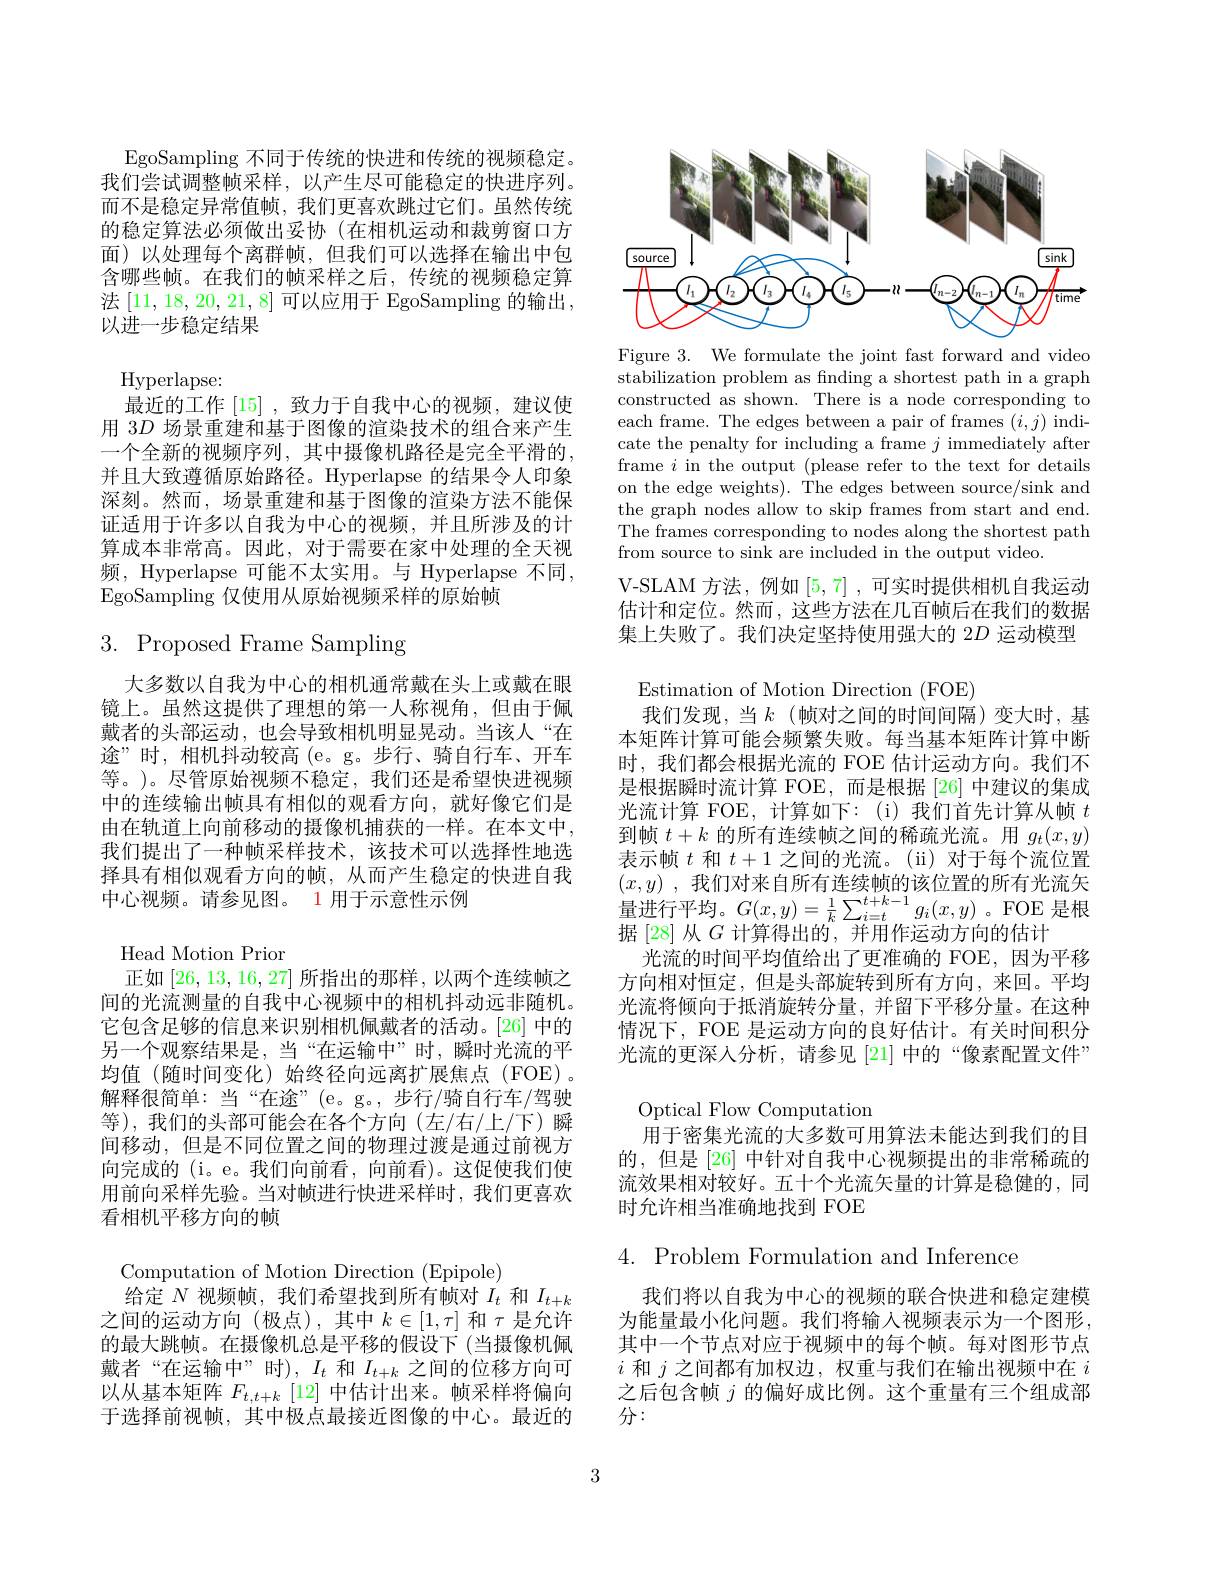
EgoSampling 不同于传统的快进和传统的视频稳定。我们尝试调整帧采样，以产生尽可能稳定的快进序列。而不是稳定异常值帧，我们更喜欢跳过它们。虽然传统的稳定算法必须做出妥协(在相机运动和裁剪窗口方面)以处理每个离群帧，但我们可以选择在输出中包含哪些帧。在我们的帧采样之后，传统的视频稳定算法[11,18,20,21,8]可以应用于 EgoSampling 的输出， 以进一步稳定结果

Hyperlapse:
最近的工作[15] ,致力于自我中心的视频，建议使用 3$D$场景重建和基于图像的渲染技术的组合来产生一个全新的视频序列，其中摄像机路径是完全平滑的， 并且大致遵循原始路径。Hyperlapse 的结果令人印象深刻。然而，场景重建和基于图像的渲染方法不能保证适用于许多以自我为中心的视频，并且所涉及的计算成本非常高。因此，对于需要在家中处理的全天视频，Hyperlapse 可能不太实用。与 Hyperlapse 不同， EgoSampling 仅使用从原始视频采样的原始帧

# 3. Proposed Frame Sampling

大多数以自我为中心的相机通常戴在头上或戴在眼镜上。虽然这提供了理想的第一人称视角，但由于佩戴者的头部运动，也会导致相机明显晃动。当该人“在途”时，相机抖动较高(e。g。步行、骑自行车、开车等。)。尽管原始视频不稳定，我们还是希望快进视频中的连续输出帧具有相似的观看方向，就好像它们是由在轨道上向前移动的摄像机捕获的一样。在本文中， 我们提出了一种帧采样技术，该技术可以选择性地选择具有相似观看方向的帧，从而产生稳定的快进自我中心视频。请参见图。1 用于示意性示例

Head Motion Prior
正如[26,13,16,27]所指出的那样，以两个连续帧之间的光流测量的自我中心视频中的相机抖动远非随机。它包含足够的信息来识别相机佩戴者的活动。[26] 中的另一个观察结果是，当“在运输中”时，瞬时光流的平均值(随时间变化)始终径向远离扩展焦点(FOE)。解释很简单：当“在途”(e。g。,步行/骑自行车/驾驶等),我们的头部可能会在各个方向(左/右/上/下)瞬间移动，但是不同位置之间的物理过渡是通过前视方向完成的 (i。e。我们向前看，向前看)。这促使我们使用前向采样先验。当对帧进行快进采样时，我们更喜欢看相机平移方向的帧
Computation of Motion Direction (Epipole)
给定$N$视频帧，我们希望找到所有帧对$I_t$和$I_{t+k}$ 之间的运动方向(极点),其中$k\in[1,\tau]$和$\tau$是允许的最大跳帧。在摄像机总是平移的假设下(当摄像机佩戴者“在运输中”时), $I_t$和$I_t+k$之间的位移方向可以从基本矩阵$F_{t,t+k}$ [12] 中估计出来。帧采样将偏向于选择前视帧，其中极点最接近图像的中心。最近的

<FigureHere>

Figure 3. We formulate the joint fast forward and video stabilization problem as fnding a shortest path in a graph constructed as shown. There is a node corresponding to each frame. The edges between a pair of frames $(i,j)$ indicate the penalty for including a frame $j$ immediately after frame $i$ in the output (please refer to the text for details on the edge weights). The edges between source/sink and the graph nodes allow to skip frames from start and end. The frames corresponding to nodes along the shortest path from source to sink are included in the output video.

V-SLAM 方法，例如[5,7] ,可实时提供相机自我运动估计和定位。然而，这些方法在几百帧后在我们的数据集上失败了。我们决定坚持使用强大的 2$D$运动模型

Estimation of Motion Direction (FOE)
我们发现，当$k$ (帧对之间的时间间隔)变大时，基本矩阵计算可能会频繁失败。每当基本矩阵计算中断时，我们都会根据光流的 FOE 估计运动方向。我们不是根据瞬时流计算 FOE,而是根据[26]中建议的集成光流计算 FOE, 计算如下：(i)我们首先计算从帧$t$ 到帧$t+k$的所有连续帧之间的稀疏光流。用$g_t(x,y)$ 表示帧$t$和$t+1$之间的光流。(ii)对于每个流位置$( x, y)$ , 我 们 对 来 自 所 有 连 续 帧 的 该 位 置 的 所 有 光 流 矢 量进行平均。$G(x,y)=\frac1k\sum_{i=t}^{t+k-1}g_i(x,y)$。FOE 是根据 [28] 从$G$计算得出的，并用作运动方向的估计
光流的时间平均值给出了更准确的 FOE,因为平移方向相对恒定，但是头部旋转到所有方向，来回。平均光流将倾向于抵消旋转分量，并留下平移分量。在这种情况下，FOE 是运动方向的良好估计。有关时间积分光流的更深人分析，请参见[21]中的“像素配置文件” Optical Flow Computation
用于密集光流的大多数可用算法未能达到我们的目的，但是[26]中针对自我中心视频提出的非常稀疏的

流效果相对较好。五十个光流矢量的计算是稳健的，同
时允许相当准确地找到 FOE

$4.{\mathrm{~Problem~Formulation~and~Inference}}$

我们将以自我为中心的视频的联合快进和稳定建模为能量最小化问题。我们将输入视频表示为一个图形， 其中一个节点对应于视频中的每个帧。每对图形节点$i$和$j$之间都有加权边，权重与我们在输出视频中在$i$ 之后包含帧$j$的偏好成比例。这个重量有三个组成部分：

3